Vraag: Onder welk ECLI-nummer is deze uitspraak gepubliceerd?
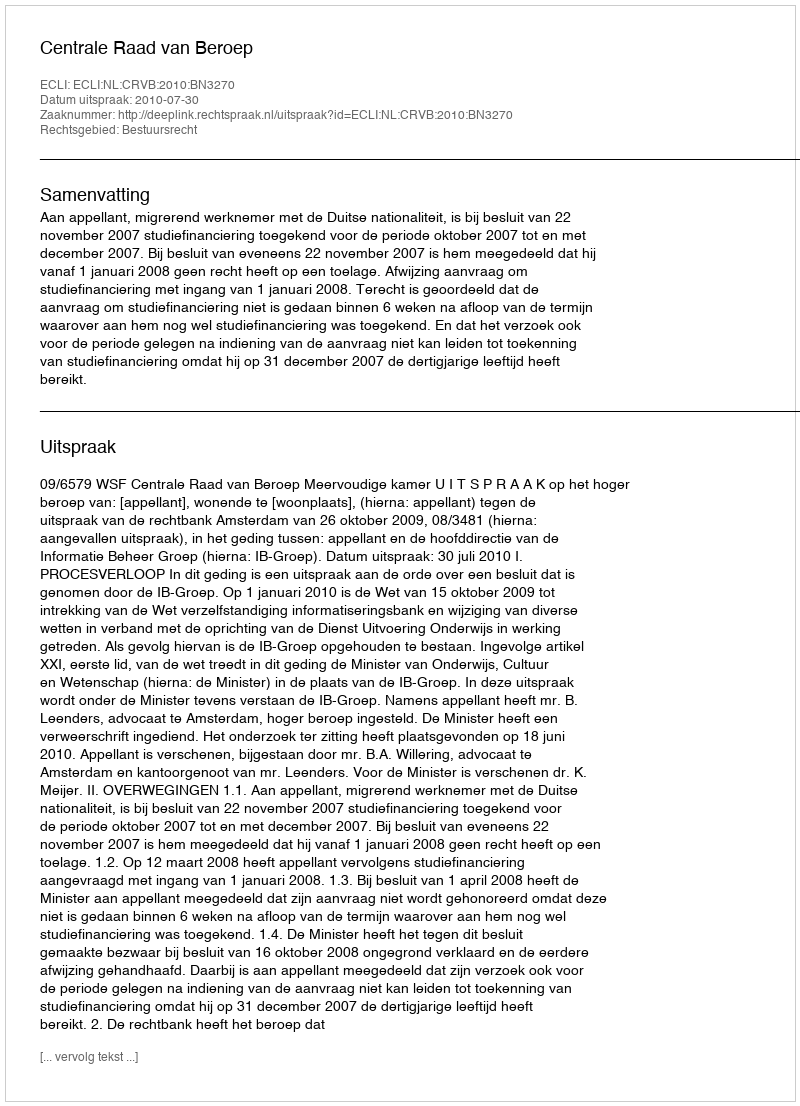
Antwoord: ECLI:NL:CRVB:2010:BN3270